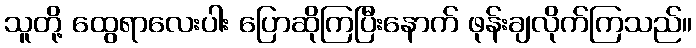
သူတို့ ထွေရာလေးပါး ပြောဆိုကြပြီးနောက် ဖုန်းချလိုက်ကြသည်။